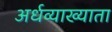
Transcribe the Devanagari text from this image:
अर्धव्याख्याता